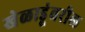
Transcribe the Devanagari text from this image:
खेळाडूंवरील